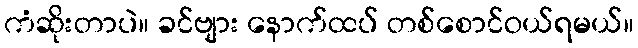
ကံဆိုးတာပဲ။ ခင်ဗျား နောက်ထပ် တစ်စောင်ဝယ်ရမယ်။